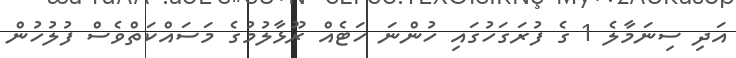
އަދި ސިނަމާލެ 1 ގެ ފުރަގަހުގައި ހުންނަ ހަޓެއް ރޫޅާލުމުގެ މަސައްކަތްވެސް ފުލުހުން